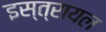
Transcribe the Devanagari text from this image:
इस्त्रायल